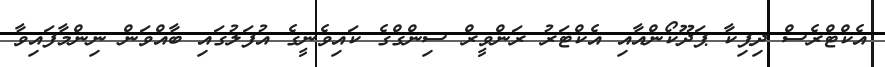
އެކްޓްރެސް ދިޕިކާ ޕަދޫކޯންއާއި އެކްޓަރު ރަންވީރް ސިންގްގެ ކައިވެނީގެ އުފަލުގައި ބާއްވަން ނިންމާފައިވާ